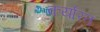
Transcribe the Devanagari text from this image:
कर्यारत